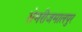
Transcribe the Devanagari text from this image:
सेमरीजमालपुर